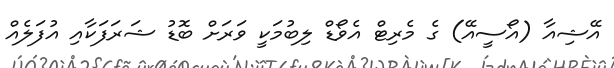
އޭޝިއާ (އޯސީއޭ) ގެ މެރިޓް އެވޯޑް ލިބުމަކީ ވަރަށް ބޮޑު ޝަރަފަކާއި އުފަލެއް